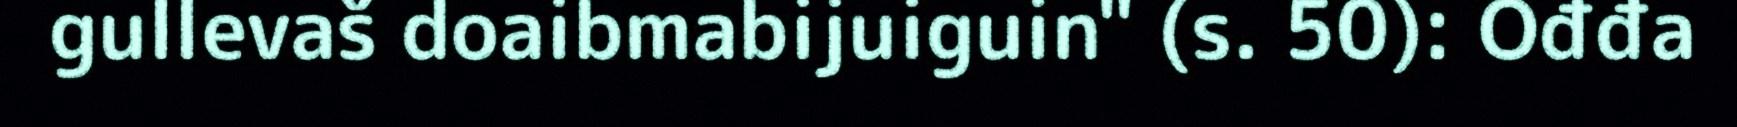
gullevaš doaibmabijuiguin" (s. 50): Ođđa